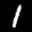
Digit: 1